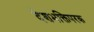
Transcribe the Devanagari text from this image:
देशभक्तिपरक